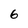
Character: 6